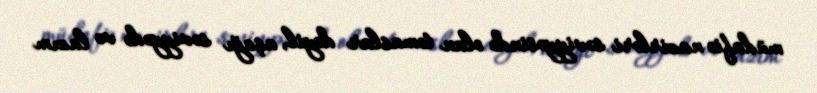
müdafiə nazirləri səviyyəsində olan təmaslar deyil, aşağı səviyyədə və lazım